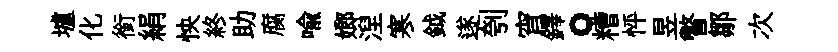
壚化銜絹怏終助腐喩嫏湼寒鉞遂刳宵鐸。糟怦昱瞥鄒次